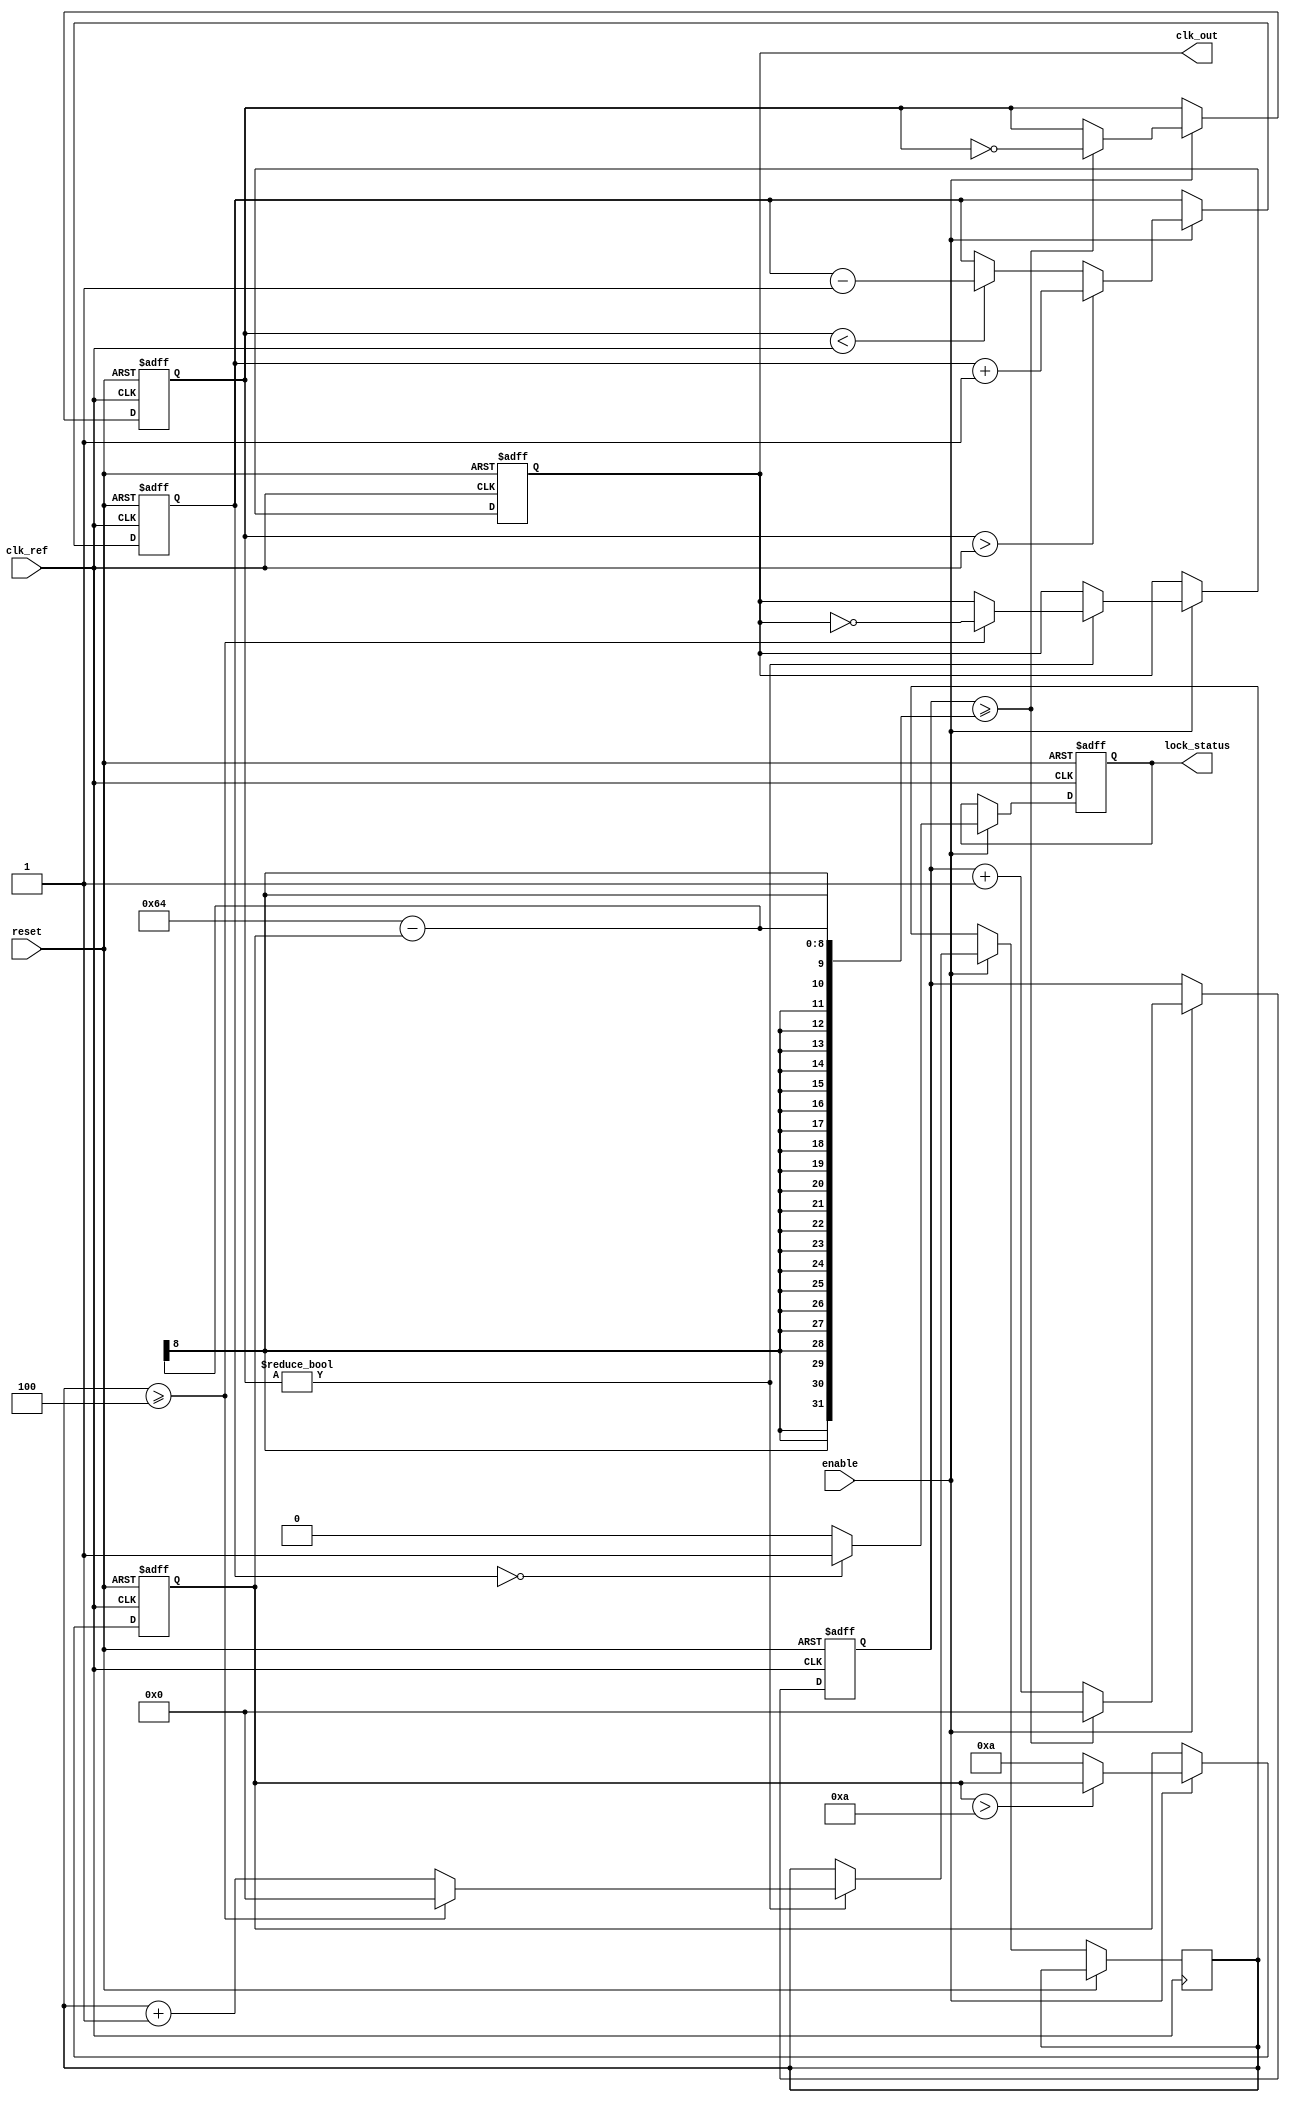
module MemoryBlocksLinearPLL (
    input wire clk_ref,          // Reference clock input
    input wire reset,           // Reset signal
    input wire enable,          // Enable PLL
    output reg clk_out,         // Output clock
    output reg lock_status       // Lock status indicator
);

// Parameters
parameter DIV_RATIO = 4;       // Feedback division ratio
parameter VCO_MAX_FREQ = 100;  // Maximum VCO frequency
parameter VCO_MIN_FREQ = 10;   // Minimum VCO frequency

// Internal signals
reg [7:0] phase_error;           // Phase error signal
reg [7:0] control_voltage;        // Control voltage for VCO
reg [7:0] vco_output;             // VCO output signal
reg [31:0] counter;               // Counter for output clock generation
reg [31:0] vco_counter;           // VCO frequency counter
reg vco_en;                       // VCO enable signal

// Phase Detector (PD)
always @(posedge clk_ref or posedge reset) begin
    if (reset) begin
        phase_error <= 0;
    end else if (enable) begin
        // Simple phase detection logic (for illustration purposes)
        if (vco_output > clk_ref) begin
            phase_error <= phase_error + 1; // VCO is ahead
        end else if (vco_output < clk_ref) begin
            phase_error <= phase_error - 1; // VCO is behind
        end
    end
end

// Low Pass Filter (LPF)
always @(posedge clk_ref or posedge reset) begin
    if (reset) begin
        control_voltage <= 0;
    end else if (enable) begin
        // Simple LPF implementation (RC filter approximation)
        control_voltage <= control_voltage + (phase_error >> 2); // Adjust control voltage
        control_voltage <= (control_voltage < VCO_MAX_FREQ) ? control_voltage : VCO_MAX_FREQ; // Limit max
        control_voltage <= (control_voltage > VCO_MIN_FREQ) ? control_voltage : VCO_MIN_FREQ; // Limit min
    end
end

// Voltage-Controlled Oscillator (VCO)
always @(posedge clk_ref or posedge reset) begin
    if (reset) begin
        vco_output <= 0;
        vco_counter <= 0;
        clk_out <= 0;
        lock_status <= 0;
    end else if (enable) begin
        // VCO frequency control based on control voltage
        vco_counter <= vco_counter + 1;
        if (vco_counter >= (VCO_MAX_FREQ - control_voltage)) begin
            vco_counter <= 0;
            vco_output <= ~vco_output; // Toggle VCO output
        end

        // Generate output clock based on feedback division
        if (vco_output) begin
            counter <= counter + 1;
            if (counter >= DIV_RATIO) begin
                clk_out <= ~clk_out; // Generate output clock
                counter <= 0;
            end
        end

        // Update lock status
        lock_status <= (phase_error == 0) ? 1 : 0;
    end
end

endmodule